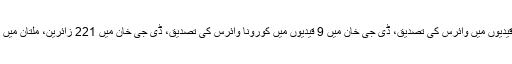
سیالکوٹ 14 اور گوجرانوالا میں 7 قیدیوں میں وائرس کی تصدیق، ڈی جی خان میں 9 قیدیوں میں کورونا وائرس کی تصدیق، ڈی جی خان میں 221 زائرین، ملتان میں 457 زائرین میں وائرس کی تصدیق۔